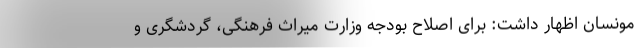
مونسان اظهار داشت: برای اصلاح بودجه وزارت میراث فرهنگی، گردشگری و